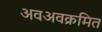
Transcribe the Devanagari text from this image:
अवअवक्रमित